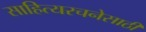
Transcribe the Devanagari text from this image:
साहित्यरचनेसाठी